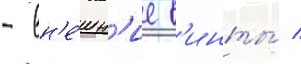
- вн'е́шн'ие в'инты́ /